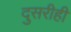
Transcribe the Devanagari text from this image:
दुसरीही